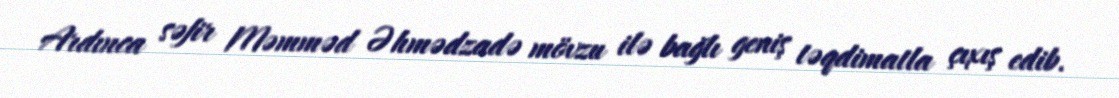
Ardınca səfir Məmməd Əhmədzadə mövzu ilə bağlı geniş təqdimatla çıxış edib.